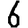
Digit: 6